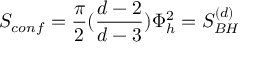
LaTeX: S _ { c o n f } = { \frac { \pi } { 2 } } ( { \frac { d - 2 } { d - 3 } } ) \Phi _ { h } ^ { 2 } = S _ { B H } ^ { ( d ) }